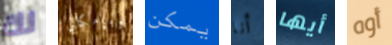
لك وبإمكاني يمكن أنا أيها أوه